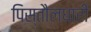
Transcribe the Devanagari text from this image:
पिस्तौलधारी